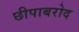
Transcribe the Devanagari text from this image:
छीपाबरोद